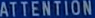
ATTENTION